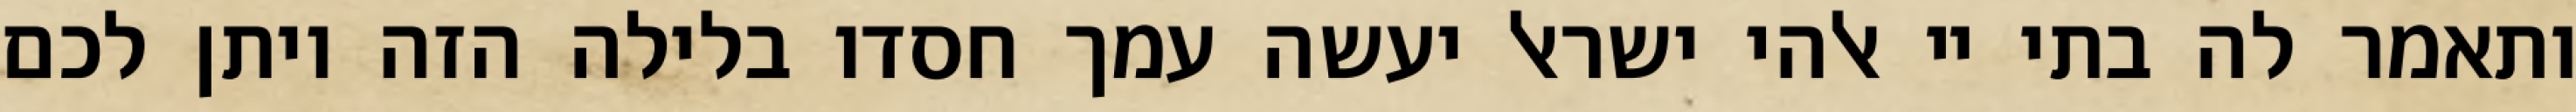
ותאמר לה בתי יי אלהי ישראל יעשה עמך חסדו בלילה הזה ויתן לכם